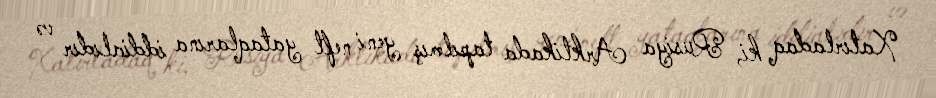
Xatırladaq ki, Rusiya Arktikada tapılmış yeni neft yataqlarına iddialıdır və